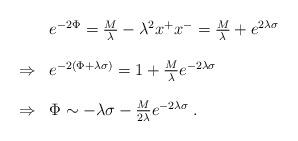
LaTeX: \begin{align*}\begin{array}{ll}\ &e^{-2\Phi}={M\over\lambda}-\lambda^2x^+x^-={M\over\lambda}+e^{2\lambda\sigma}\\\\\Rightarrow&e^{-2\left(\Phi+\lambda\sigma\right)}=1+{M\over\lambda}e^{-2\lambda\sigma}\\\\\Rightarrow&\Phi\sim-\lambda\sigma-{M\over{2\lambda}}e^{-2\lambda\sigma}\;.\end{array}\end{align*}